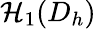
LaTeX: \mathcal{H}_{1}(D_{h})